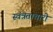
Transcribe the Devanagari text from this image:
स्वंत्रताचारी